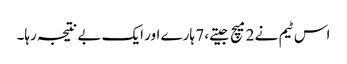
اس ٹیم نے 2 میچ جیتے، 7 ہارے اور ایک بے نتیجہ رہا۔